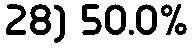
28) 50.0%